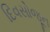
દિવસોજૂન